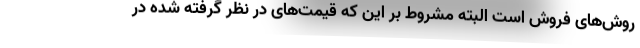
روش‌های فروش است البته مشروط بر این که قیمت‌های در نظر گرفته شده در